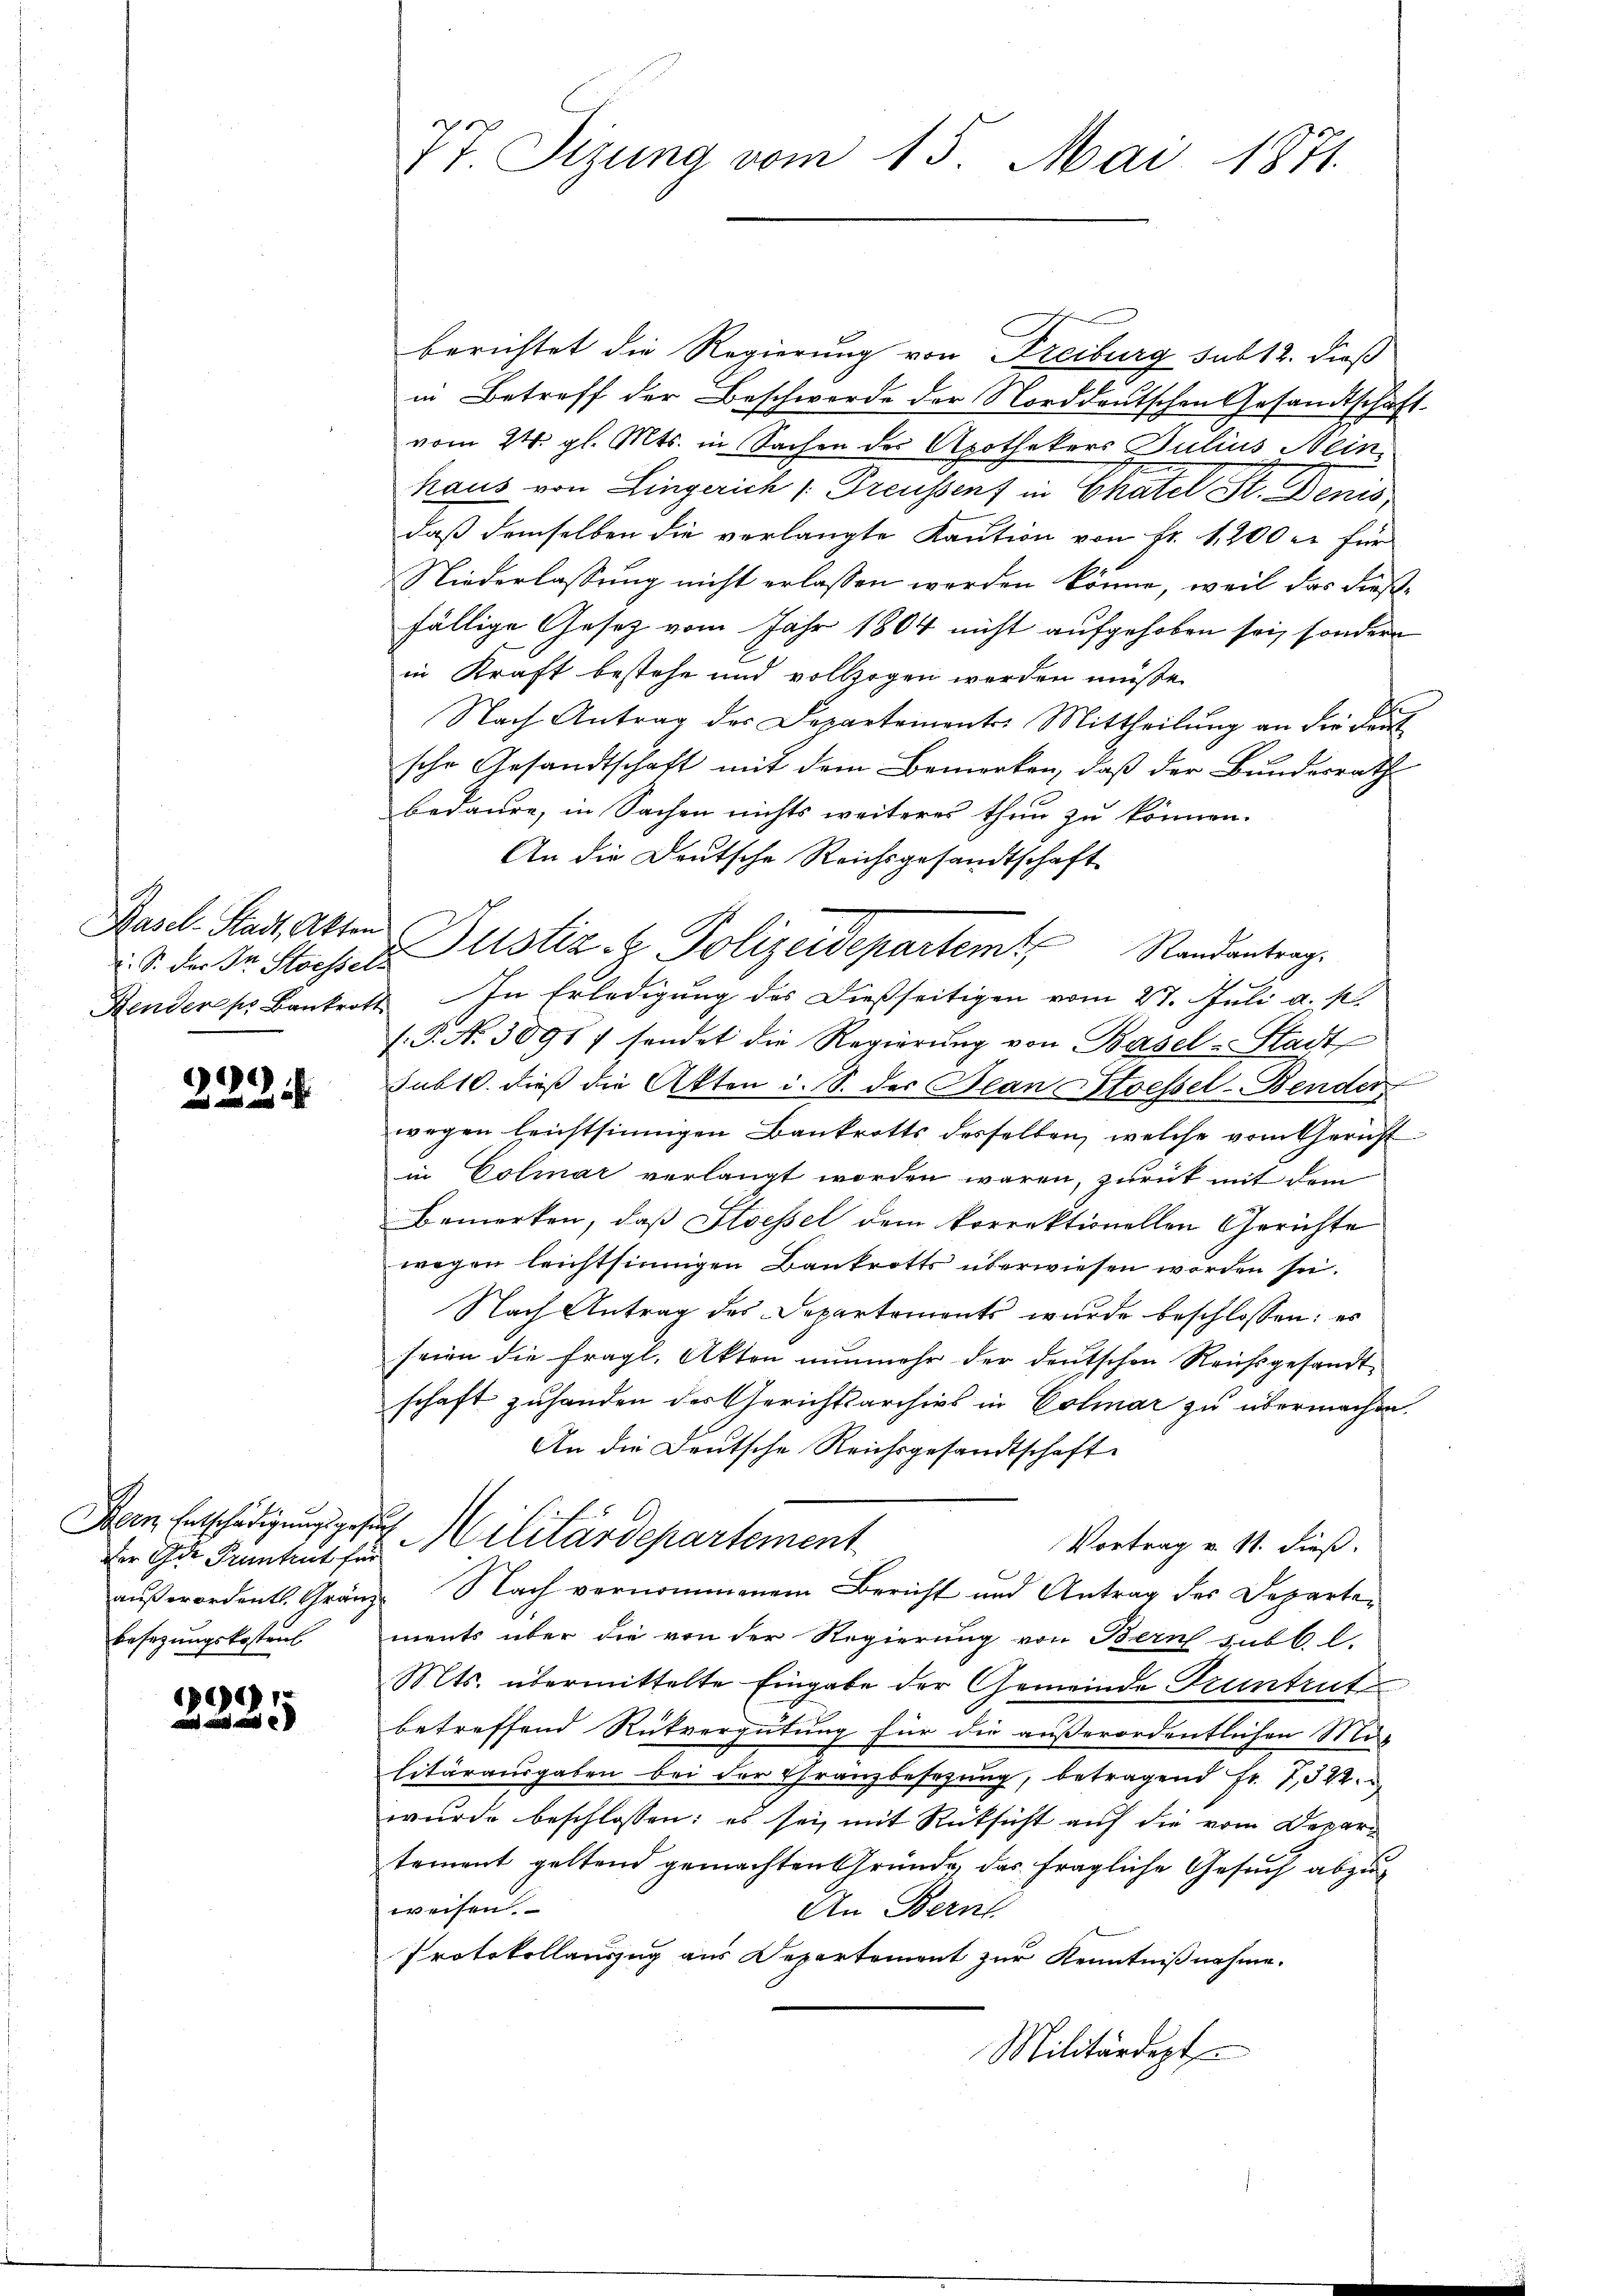
Basel-Stadt, Akten

e

a
der Gut Pruntrut für
besezungskostens

)

77 Sizung vom 15. Mai 1871.

berichtet die Regierung von Freiburg sub 12. dieß
in Betreff der Beschworde der Norddeutschen Gesandtschaft.
vom 24. gl. Mts. in Sachen der Apothekers Julius Mein
s
haus von Lingerich Preussenf in Chatel St. Benis
daß demselben die verlangte Kaution von Fr. 1,200 er für
Niederlassung nicht erlassen werden könne, weil das dießfällige Gesetz vom Jahr 1804 nicht aufgehoben sei, sondern
in Kraft bestehe und vollzogen werden müße.
Nach Antrag des Departementes Mittheilŭng an die Deut
sche Gesandtschaft mit dem Bemerken, daß der Bundesrath
bedaure, in Sachen nichts weiteres thun zu können.
An die Deutsche Reichsgesandtschaft
S. der Dr. Stosser Justiz- & Polizeidepartem Randantrag
Renderes Bankrott. In Erledigŭng des dießseitigen vom 27. Juli a. p.
F. P. N. 3091/ sendet die Regierung von Basel-Stadt
Sub10. dieß die Akten i. S. der Bean Stoessel-Bender
wegen leichtsinnigen Bankrotts desselben, welche vom Gericht
in Colmar verlangt worden wären, zurück mit dem
Bemerken, daß Stoessel dem korrektionellen Gerichte
wegen leichtsinnigen Bankrotts überwiesen worden sei.
Nach Antrag des Departements wurde beschlossen: es
seien die fragl. Akten nunmehr der deutschen Reichsgesandtschaft zuhanden des Gerichtsarchivs in Colmar zu übermachen.
An die Deutsche Reichsgesandtschaft
Dein Entschädigungsges Militärdepartement
Vortrag v. 11. dieß.
außerordentl. Gränz Nach vernommenem Bericht und Antrag des Departements über die von der Regierung von Bern subl. C.
Mts. übermittelte Eingabe der Gemeinde Truntrut
betreffend Rückvergütung für die außerordentlichen Mur
litäraŭsgaben bei der Franzbesetzŭng, betragend Fr. 7822.
wurde beschlossen: es sei mit Rücksicht auf die vom Departement geltend gemachten Gründe, das fragliche Gesuch abzuweisen.
An Bern
Protokollauszug aus Departement zur Kenntnißnahme.
Militärdept